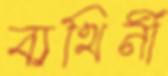
ব্যথিনী